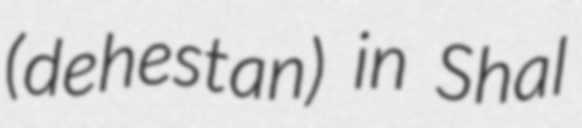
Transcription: (dehestan) in Shal